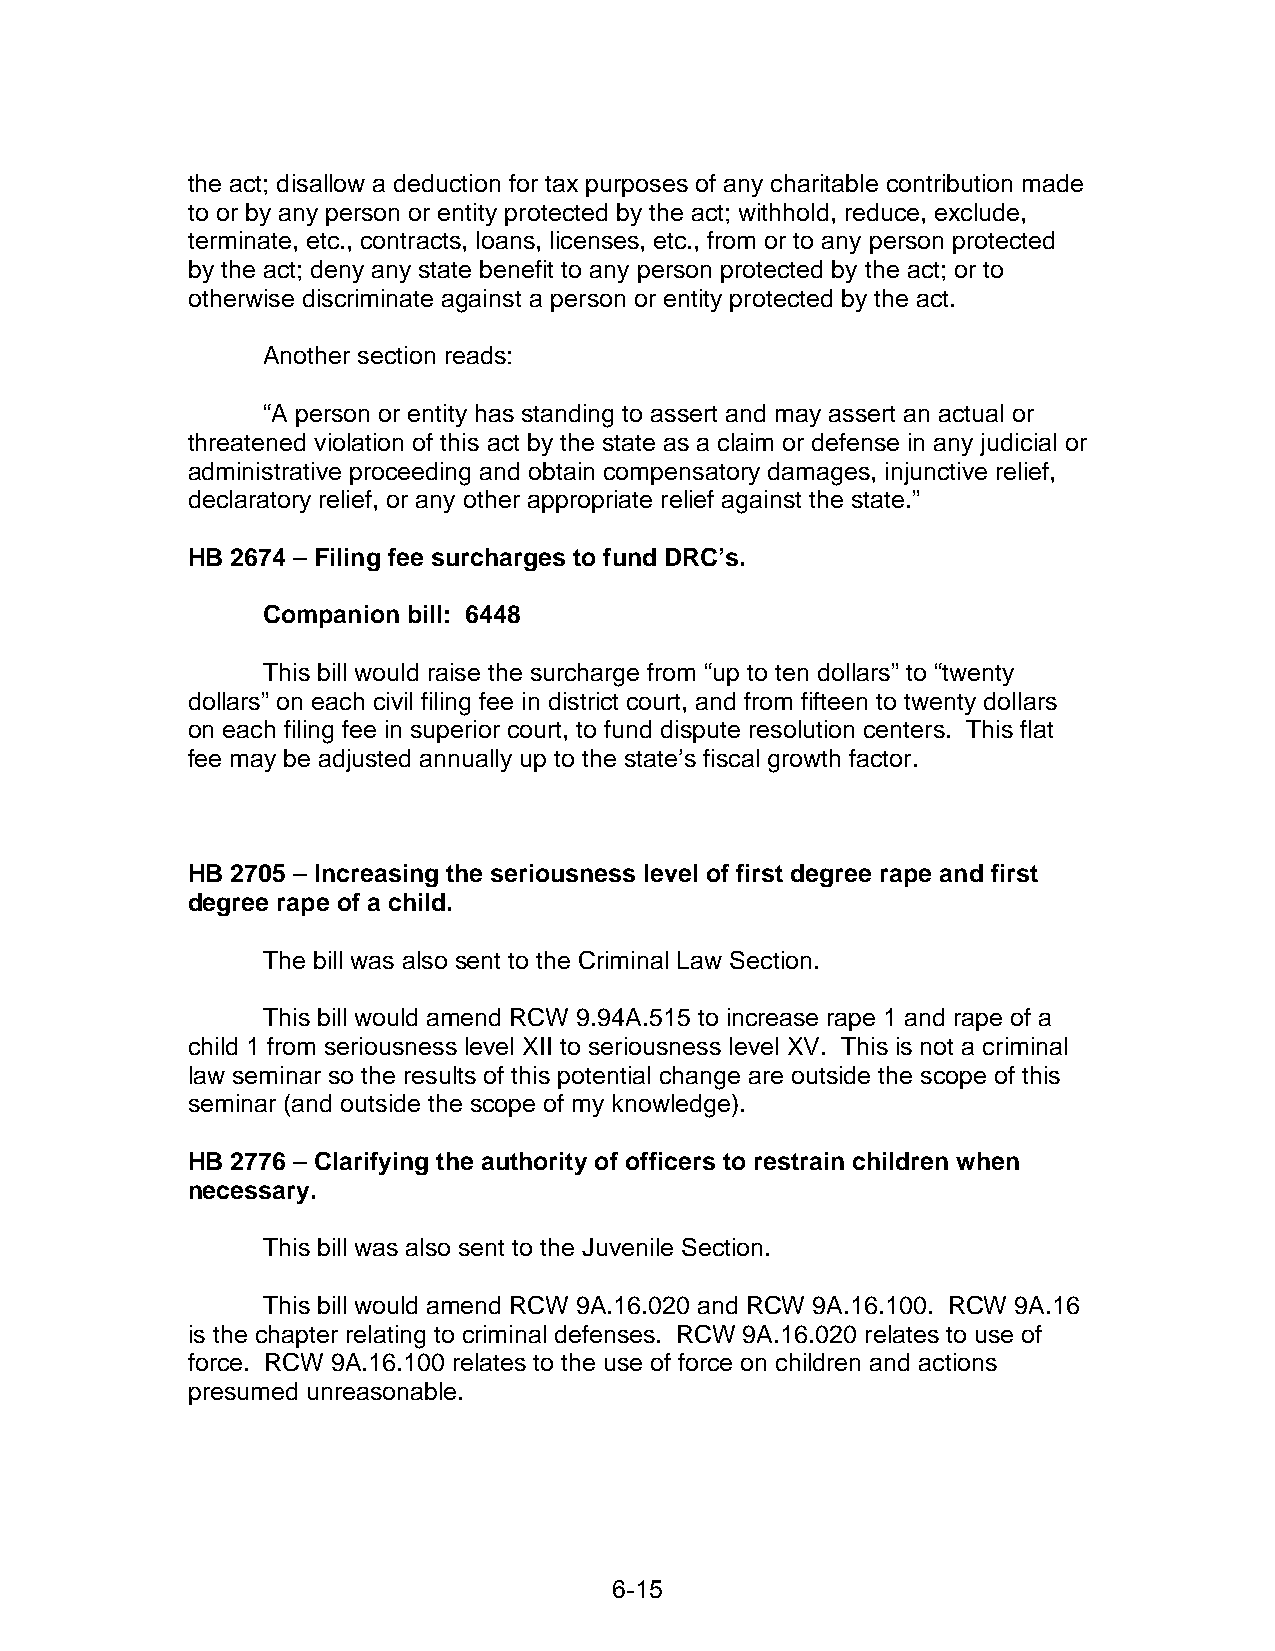
the act; disallow a deduction for tax purposes of any charitable contribution made
 to or by any person or entity protected by the act; withhold, reduce, exclude,
 terminate, etc., contracts, loans, licenses, etc., from or to any person protected
 by the act; deny any state benefit to any person protected by the act; or to
 otherwise discriminate against a person or entity protected by the act.
 Another section reads:
 “A person or entity has standing to assert and may assert an actual or
 threatened violation of this act by the state as a claim or defense in any judicial or
 administrative proceeding and obtain compensatory damages, injunctive relief,
 declaratory relief, or any other appropriate relief against the state.”
 HB 2674 – Filing fee surcharges to fund DRC’s.
 Companion bill: 6448
 This bill would raise the surcharge from “up to ten dollars” to “twenty
 dollars” on each civil filing fee in district court, and from fifteen to twenty dollars
 on each filing fee in superior court, to fund dispute resolution centers. This flat
 fee may be adjusted annually up to the state’s fiscal growth factor.
 HB 2705 – Increasing the seriousness level of first degree rape and first
 degree rape of a child.
 The bill was also sent to the Criminal Law Section.
 This bill would amend RCW 9.94A.515 to increase rape 1 and rape of a
 child 1 from seriousness level XII to seriousness level XV. This is not a criminal
 law seminar so the results of this potential change are outside the scope of this
 seminar (and outside the scope of my knowledge).
 HB 2776 – Clarifying the authority of officers to restrain children when
 necessary.
 This bill was also sent to the Juvenile Section.
 This bill would amend RCW 9A.16.020 and RCW 9A.16.100. RCW 9A.16
 is the chapter relating to criminal defenses. RCW 9A.16.020 relates to use of
 force. RCW 9A.16.100 relates to the use of force on children and actions
 presumed unreasonable.
 6-15